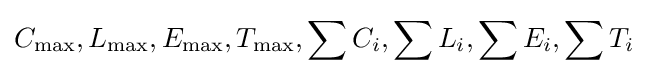
C_{\max },L_{\max },E_{\max },T_{\max },\sum C_{i},\sum L_{i},\sum E_{i},\sum T_{i}